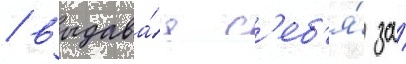
/ выдава́я с'еб'я́ за́